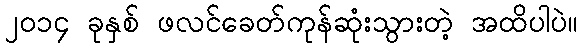
၂ဝ၁၄ ခုနှစ် ဖလင်ခေတ်ကုန်ဆုံးသွားတဲ့ အထိပါပဲ။